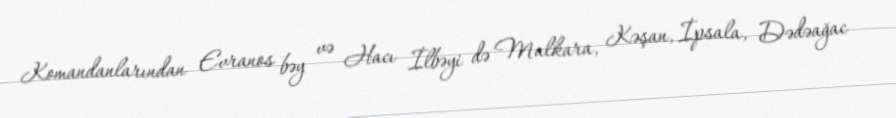
Komandanlarından Evranos bəy və Hacı İlbəyi də Malkara, Kəşan, İpsala, Dədəağac